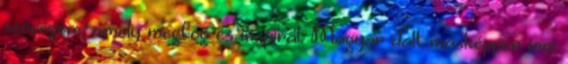
szövegem, amely megfog és inspirál. Magyar dalt másképpen írni